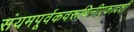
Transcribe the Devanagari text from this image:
संयमपूर्वकवरूथिनीएकादशी